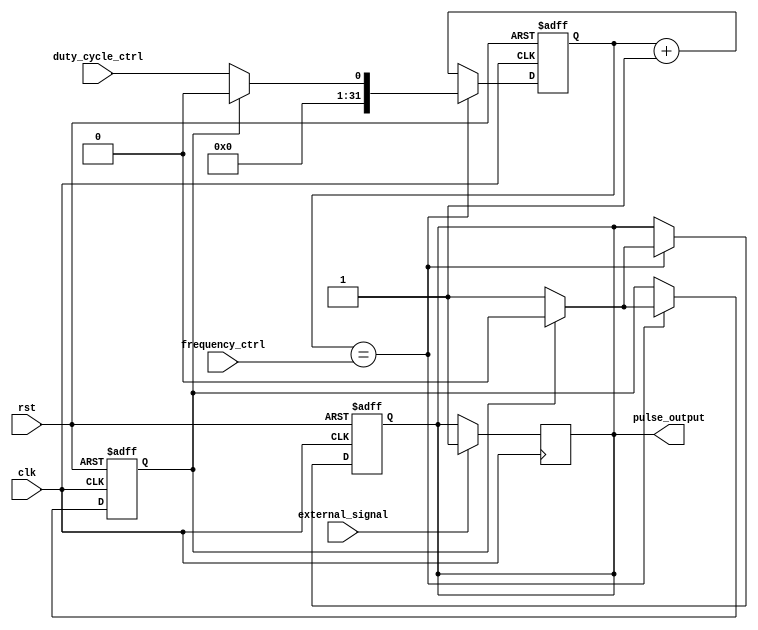
module ProgrammablePulseGenerator (
    input wire clk,                  // Clock input
    input wire rst,                  // Reset input
    input wire frequency_ctrl,       // Frequency control register input
    input wire duty_cycle_ctrl,      // Duty cycle control register input
    input wire external_signal,      // External signal input
    output reg pulse_output          // Generated pulse output
);

reg [31:0] pulse_counter = 0;
reg pulse_high = 0;

always @ (posedge clk or posedge rst) begin
    if (rst) begin
        pulse_counter <= 0;
        pulse_high <= 0;
        pulse_output <= 0;
    end else begin
        if (pulse_counter == frequency_ctrl) begin
            pulse_counter <= 0;
            if (!pulse_high) begin
                pulse_counter <= duty_cycle_ctrl;
                pulse_high <= 1;
                pulse_output <= 1;
            end else begin
                pulse_high <= 0;
                pulse_output <= 0;
            end
        end else begin
            pulse_counter <= pulse_counter + 1;
        end
    end
end

// Synchronization block to align generated pulses with external signal
always @ (posedge clk) begin
    if (external_signal) begin
        if (!pulse_output) begin
            pulse_output <= 1;
        end
    end
end

endmodule